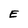
Character: E